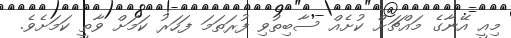
މިއީ އޭނާގެ މައްޗަށް ކުށެއް ސާބިތުވި ފުރަތަމަ ފަހަރު ކަމަށް ވާތީ ކަމަށެވެ.